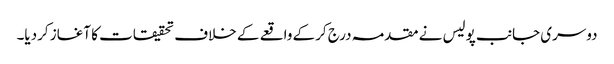
دوسری جانب پولیس نے مقدمہ درج کرکے واقعے کے خلاف تحقیقات کا آغاز کردیا۔